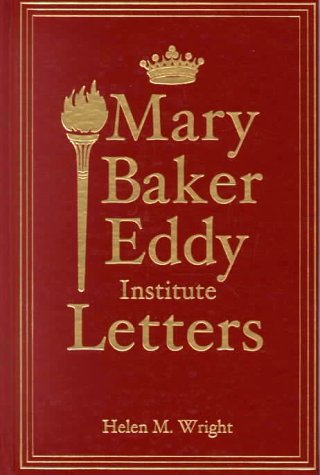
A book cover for Mary Baker Eddy Institute Letters; Helen M. Wright; Christian Books & Bibles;